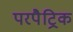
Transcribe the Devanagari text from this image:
परपैट्रिक